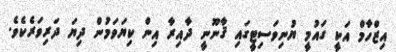
އިޒްހާމް އަކީ ގައުމީ ޔުނިވަސިޓީގައި ޤާނޫނީ ދާއިރާ އިން ކިޔަވަމުން ދިޔަ ދަރިވަރެކެވެ.